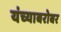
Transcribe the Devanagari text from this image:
यंच्याबरोबर